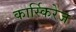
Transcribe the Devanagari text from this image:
कार्स्किरेज